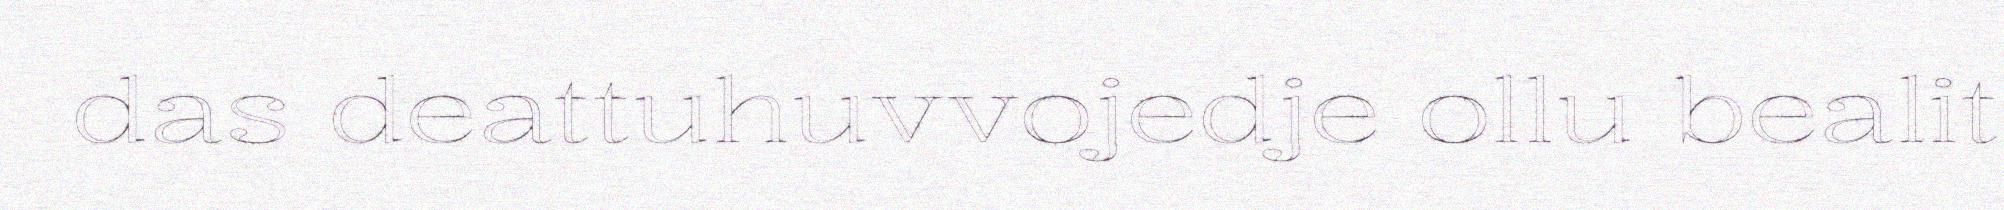
das deattuhuvvojedje ollu bealit